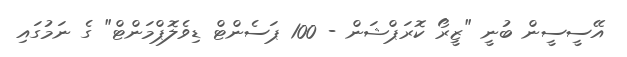
އޭސީސީން ބުނީ "ޒީރޯ ކޮރަޕްޝަން - 100 ޕަސެންޓް ޑިވެލޮޕްމަންޓް" ގެ ނަމުގައި